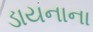
ડાયનાના